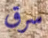
سرق